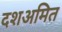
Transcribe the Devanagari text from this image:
दशअमित